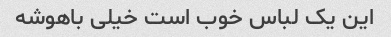
این یک لباس خوب است خیلی باهوشه